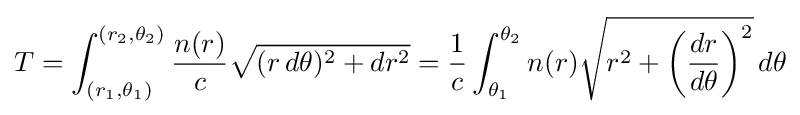
T=\int _{(r_{1},\theta _{1})}^{(r_{2},\theta _{2})}{\frac {n(r)}{c}}{\sqrt {(r\,d\theta )^{2}+dr^{2}}}={\frac {1}{c}}\int _{\theta _{1}}^{\theta _{2}}n(r){\sqrt {r^{2}+\left({\frac {dr}{d\theta }}\right)^{2}}}\,d\theta